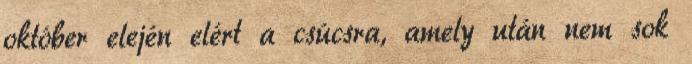
október elején elért a csúcsra, amely után nem sok